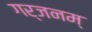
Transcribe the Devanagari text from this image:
गर्जनम्‌